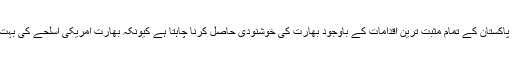
اس سے ظاہر یہی ہورہا ہے کہ امریکا، پاکستان کے تمام مثبت ترین اقدامات کے باوجود بھارت کی خوشنودی حاصل کرنا چاہتا ہے کیونکہ بھارت امریکی اسلحے کی بہت بڑی منڈی کی صورت میں موجود ہے۔